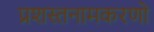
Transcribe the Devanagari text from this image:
प्रशस्तनामकरणो